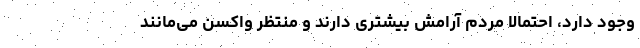
وجود دارد، احتمالا مردم آرامش بیشتری دارند و منتظر واکسن می‌مانند